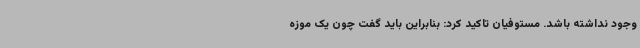
وجود نداشته باشد. مستوفیان تاکید کرد: بنابراین باید گفت چون یک موزه